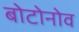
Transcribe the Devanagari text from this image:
बोटोनोव